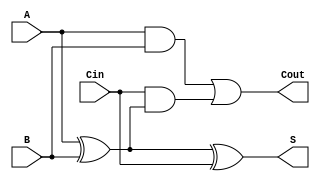
module FullAdder (
    input wire A,      // First input bit
    input wire B,      // Second input bit
    input wire Cin,    // Carry-in bit
    output wire S,     // Sum output
    output wire Cout    // Carry-out output
);

// Internal signals for intermediate calculations
wire AxorB;          // Intermediate result of A XOR B
wire AandB;          // Intermediate result of A AND B
wire CinAndAxorB;    // Intermediate result of Cin AND (A XOR B)

// Logic for Sum (S)
assign AxorB = A ^ B;          // A XOR B
assign S = AxorB ^ Cin;        // S = (A XOR B) XOR Cin

// Logic for Carry-out (Cout)
assign AandB = A & B;          // A AND B
assign CinAndAxorB = Cin & AxorB; // Cin AND (A XOR B)
assign Cout = AandB | CinAndAxorB; // Cout = (A AND B) OR (Cin AND (A XOR B))

endmodule